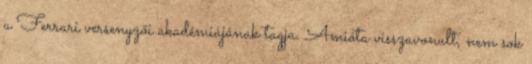
a Ferrari versenyzői akadémiájának tagja. Amióta visszavonult, nem sok